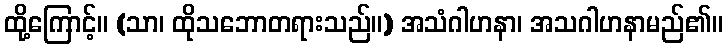
ထို့ကြောင့်။ (သာ၊ ထိုသဘောတရားသည်။) အသံဂါဟနာ၊ အသဂါဟနာမည်၏။